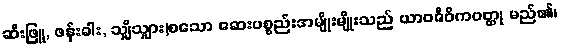
ဆီးဖြူ, ဖန်းခါး, သျှိသျှား)စသော ဆေးပစ္စည်းအမျိုးမျိုးသည် ယာဝဇီဝိကဝတ္ထု မည်၏၊